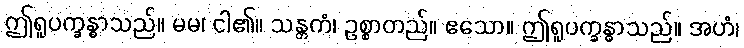
ဤရူပက္ခန္ဓာသည်။ မမ၊ ငါ၏။ သန္တကံ၊ ဥစ္စာတည်။ ဧသော။ ဤရူပက္ခန္ဓာသည်။ အဟံ၊